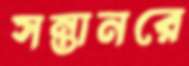
সন্তানরে